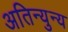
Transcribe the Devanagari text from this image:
अतिन्युन्य